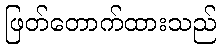
ဖြတ်တောက်ထားသည်